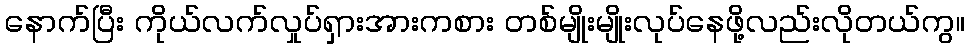
နောက်ပြီး ကိုယ်လက်လှုပ်ရှားအားကစား တစ်မျိုးမျိုးလုပ်နေဖို့လည်းလိုတယ်ကွ။